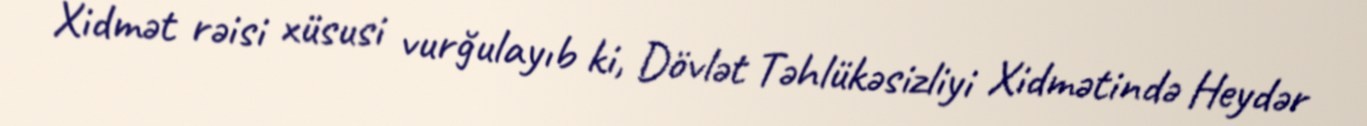
Xidmət rəisi xüsusi vurğulayıb ki, Dövlət Təhlükəsizliyi Xidmətində Heydər